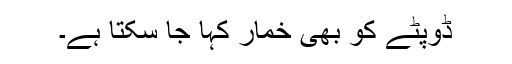
ڈوپٹے کو بھی خمار کہا جا سکتا ہے۔